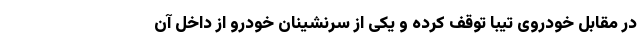
در مقابل خودروی تیبا توقف کرده و یکی از سرنشینان خودرو از داخل آن